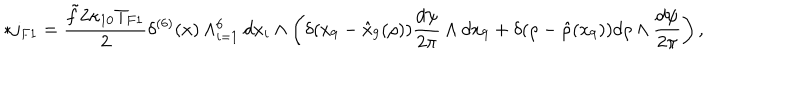
* j _ { F 1 } = \frac { \tilde { f } 2 \kappa _ { 1 0 } T _ { F 1 } } { 2 } \delta ^ { ( 6 ) } ( x ) \wedge _ { i = 1 } ^ { 6 } d x _ { i } \wedge \left( \delta ( x _ { 9 } - \hat { x } _ { 9 } ( \rho ) ) \frac { d \psi } { 2 \pi } \wedge d x _ { 9 } + \delta ( \rho - \hat { \rho } ( x _ { 9 } ) ) d \rho \wedge \frac { d \psi } { 2 \pi } \right) ,